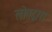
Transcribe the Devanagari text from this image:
लोगद्वारा